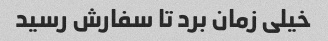
خیلی زمان برد تا سفارش رسید